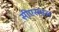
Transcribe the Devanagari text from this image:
सीएसएल